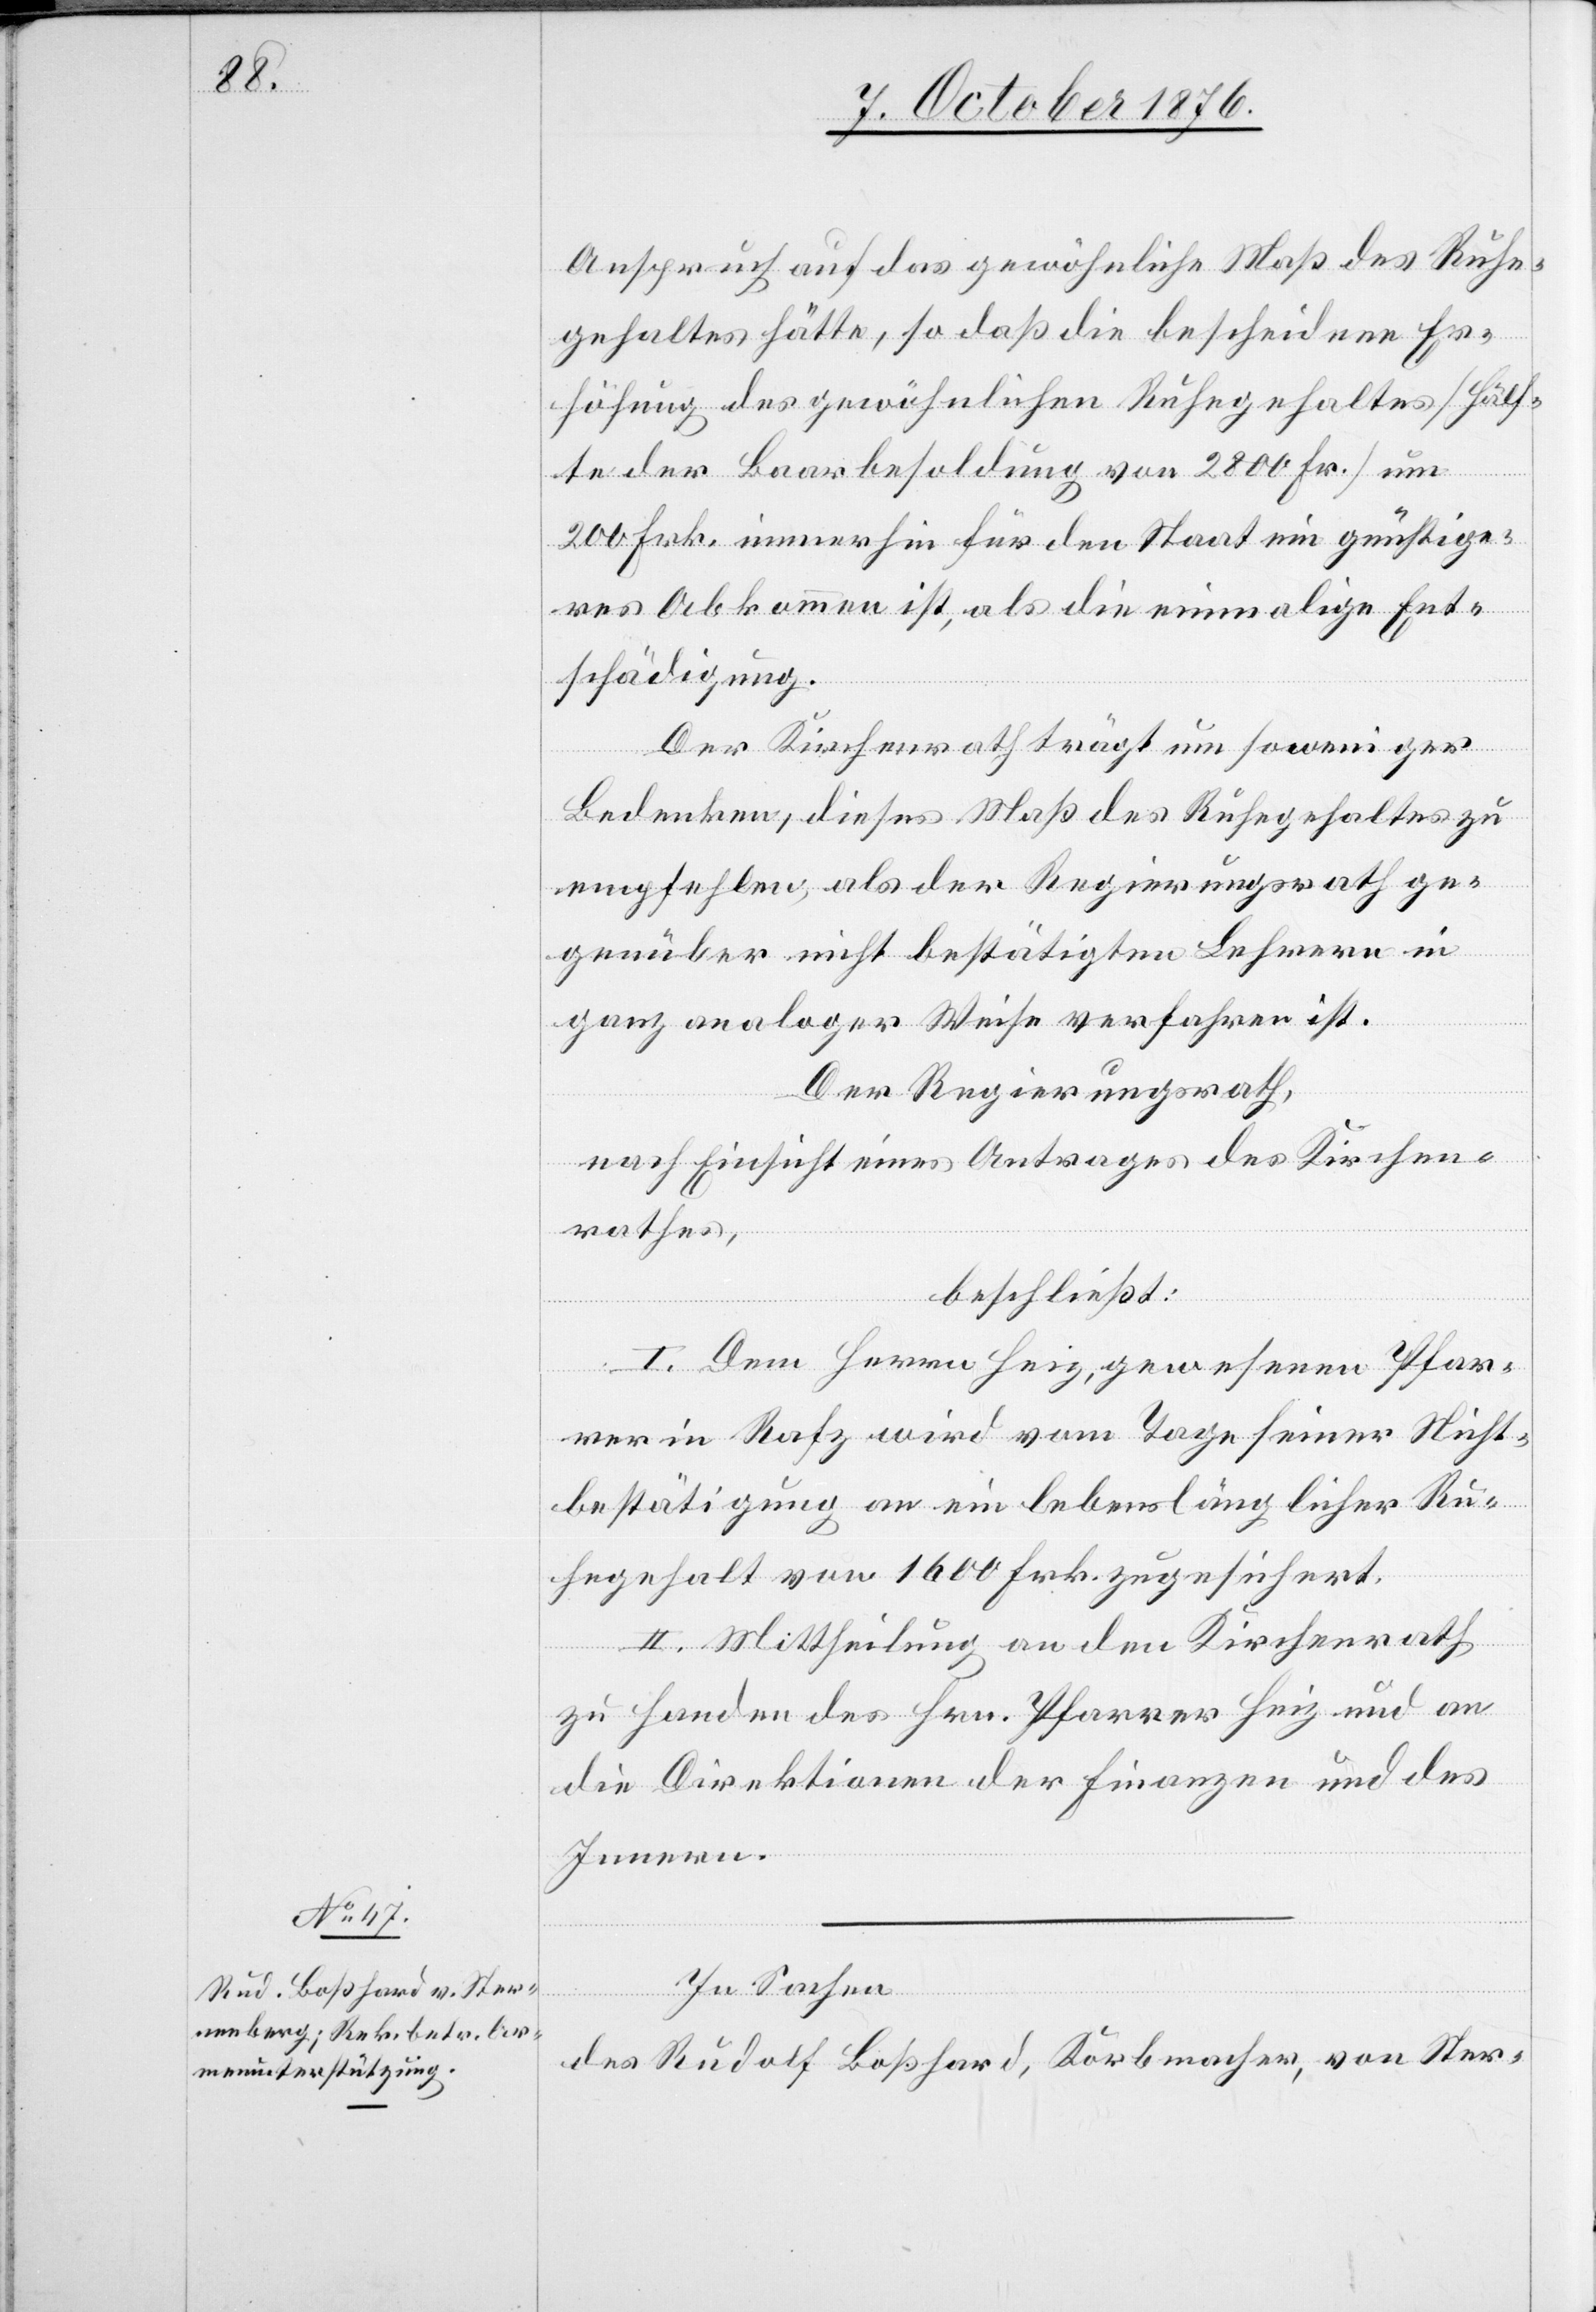
Anspruch auf das gewöhnliche Maß des Ruhe¬
gehaltes hätte, so daß die bescheidene Er¬
höhung des gewöhnlichen Ruhegehaltes [Hälf¬
te der Baarbesoldung von 2800 Fr.] um
200 Frk. immerhin für den Staat ein günstige¬
res Abkommen ist, als die einmalige Ent¬
schädigung.
Der Kirchenrath trägt um so weniger
Bedenken, dieses Maß des Ruhegehaltes zu
empfehlen, als der Regierungsrath ge¬
genüber nicht bestätigten Lehrern in
ganz analoger Weise verfahren ist.
Der Regierungsrath,
nach Einsicht eines Antrages des Kirchen¬
rathes,
beschließt:
I. Dem Herrn Heiz, gewesenen Pfar¬
rer in Rafz wird vom Tage seiner Nicht¬
bestätigung an ein lebenslänglicher Ru¬
hegehalt von 1600 Frk. zugesichert.
II. Mittheilung an den Kirchenrath
zu Handen des Hrn. Pfarrer Heiz und an
die Direktionen der Finanzen und des
Innern.
In Sachen
des Rudolf Boßhard, Korbmacher, von Ster-